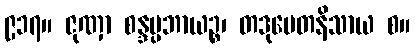
၉၁၇။ ဇုဏှာ စန္ဒပ္ပဘာယဉ္စ၊ တဒုပေတနိသာယ စ။